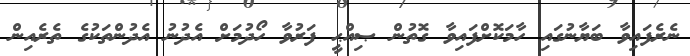
ނެރެފައިވާ ބަޔާނުގައި ހާމަކޮށްފައިވާ ގޮތުން ޞިއްޙީ ފަރުވާ ހޯދުމަށް އެދުނު އެދުންތަކުގެ ތެރެއިން